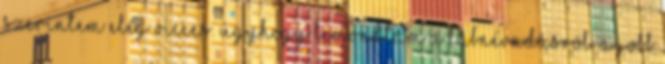
szerintem elég vicces. Úgyhogy lemondtam a lábnévadásról. A jobb